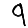
Digit: 9